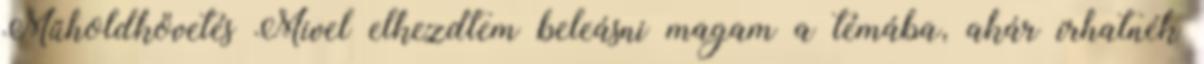
Műholdkövetés Mivel elkezdtem beleásni magam a témába, akár írhatnék